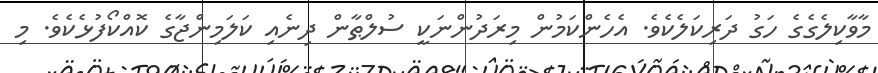
މާވާކިލެގެގެ ހަގު ދަރިކަލެކެވެ. އެހެންކަމުން މިރަދުންނަކީ ސުލްޠާން ދިނެއި ކަލަމިންޖާގެ ކޮއްކޯފުޅެކެވެ. މި